Report on vaccination in the Province of Bengal - 1869-1873
Year: 1869
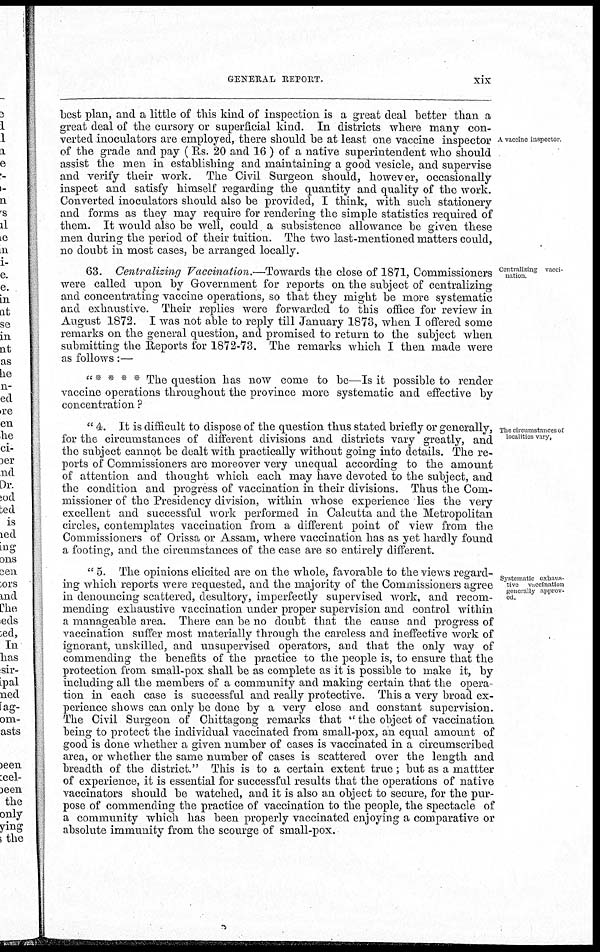
GENERAL REPORT.
xix
A vaccine inspector
best plan, and a little of this kind of inspection is a great deal better than a
great deal of the cursory or superficial kind. In districts where many con-
verted inoculators are employed, there should be at least one vaccine inspector
of the grade and pay (Rs. 20 and 16 ) of a native superintendent who should
assist the men in establishing and maintaining a good vesicle, and supervise
and verify their work. The Civil Surgeon should, however, occasionally
inspect and satisfy himself regarding the quantity and quality of the work.
Converted inoculators should also be provided, I think, with such stationery
and forms as they may require for rendering the simple statistics required of
them. It would also be well, could a subsistence allowance be given these
men during the period of their tuition. The two last-mentioned matters could,
no doubt in most cases, be arranged locally.
Centralizing vacci-
nation.
63. Centralizing Vaccination.—Towards the close of 1871, Commissioners
were called upon by Government for reports on the subject of centralizing
and concentrating vaccine operations, so that they might be more systematic
and exhaustive. Their replies were forwarded to this office for review in
August 1872. I was not able to reply till January 1873, when I offered some
remarks on the general question, and promised to return to the subject when
submitting the Reports for 1872-73. The remarks which I then made were
as follows:—
" * * * * The question has now come to be—Is it possible to render
vaccine operations throughout the province more systematic and effective by
concentration ?
The circumstances of
localities vary,
" 4. It is difficult to dispose of the question thus stated briefly or generally,
for the circumstances of different divisions and districts vary greatly, and
the subject cannot be dealt with practically without going into details. The re-
ports of Commissioners are moreover very unequal according to the amount
of attention and thought which each may have devoted to the subject, and
the condition and progress of vaccination in their divisions. Thus the Com-
missioner of the Presidency division, within whose experience lies the very
excellent and successful work performed in Calcutta and the Metropolitan
circles, contemplates vaccination from a different point of view from the
Commissioners of Orissa or Assam, where vaccination has as yet hardly found
a footing, and the circumstances of the case are so entirely different.
Systematic exhaus-
tive vaccination
gencrally approv-
ed.
" 5. The opinions elicited are on the whole, favorable to the views regard-
ing which reports were requested, and the majority of the Commissioners agree
in denouncing scattered, desultory, imperfectly supervised work, and recom-
mending exhaustive vaccination under proper supervision and control within
a manageable area. There can be no doubt that the cause and progress of
vaccination suffer most materially through the careless and ineffective work of
ignorant, unskilled, and unsupervised operators, and that the only way of
commending the benefits of the practice to the people is, to ensure that the
protection from small-pox shall be as complete as it is possible to make it, by
including all the members of a community and making certain that the opera-
tion in each case is successful and really protective. This a very broad ex-
perience shows can only be done by a very close and constant supervision.
The Civil Surgeon of Chittagong remarks that " the object of vaccination
being to protect the individual vaccinated from small-pox, an equal amount of
good is done whether a given number of cases is vaccinated in a circumscribed
area, or whether the same number of cases is scattered over the length and
breadth of the district." This is to a certain extent true; but as a mattter
of experience, it is essential for successful results that the operations of native
vaccinators should be watched, and it is also an object to secure, for the pur-
pose of commending the practice of vaccination to the people, the spectacle of
a community which has been properly vaccinated enjoying a comparative or
absolute immunity from the scourge of small-pox.